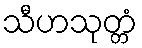
သီဟသုတ္တံ